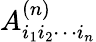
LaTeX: A_{i_{1}i_{2}\cdots i_{n}}^{(n)}